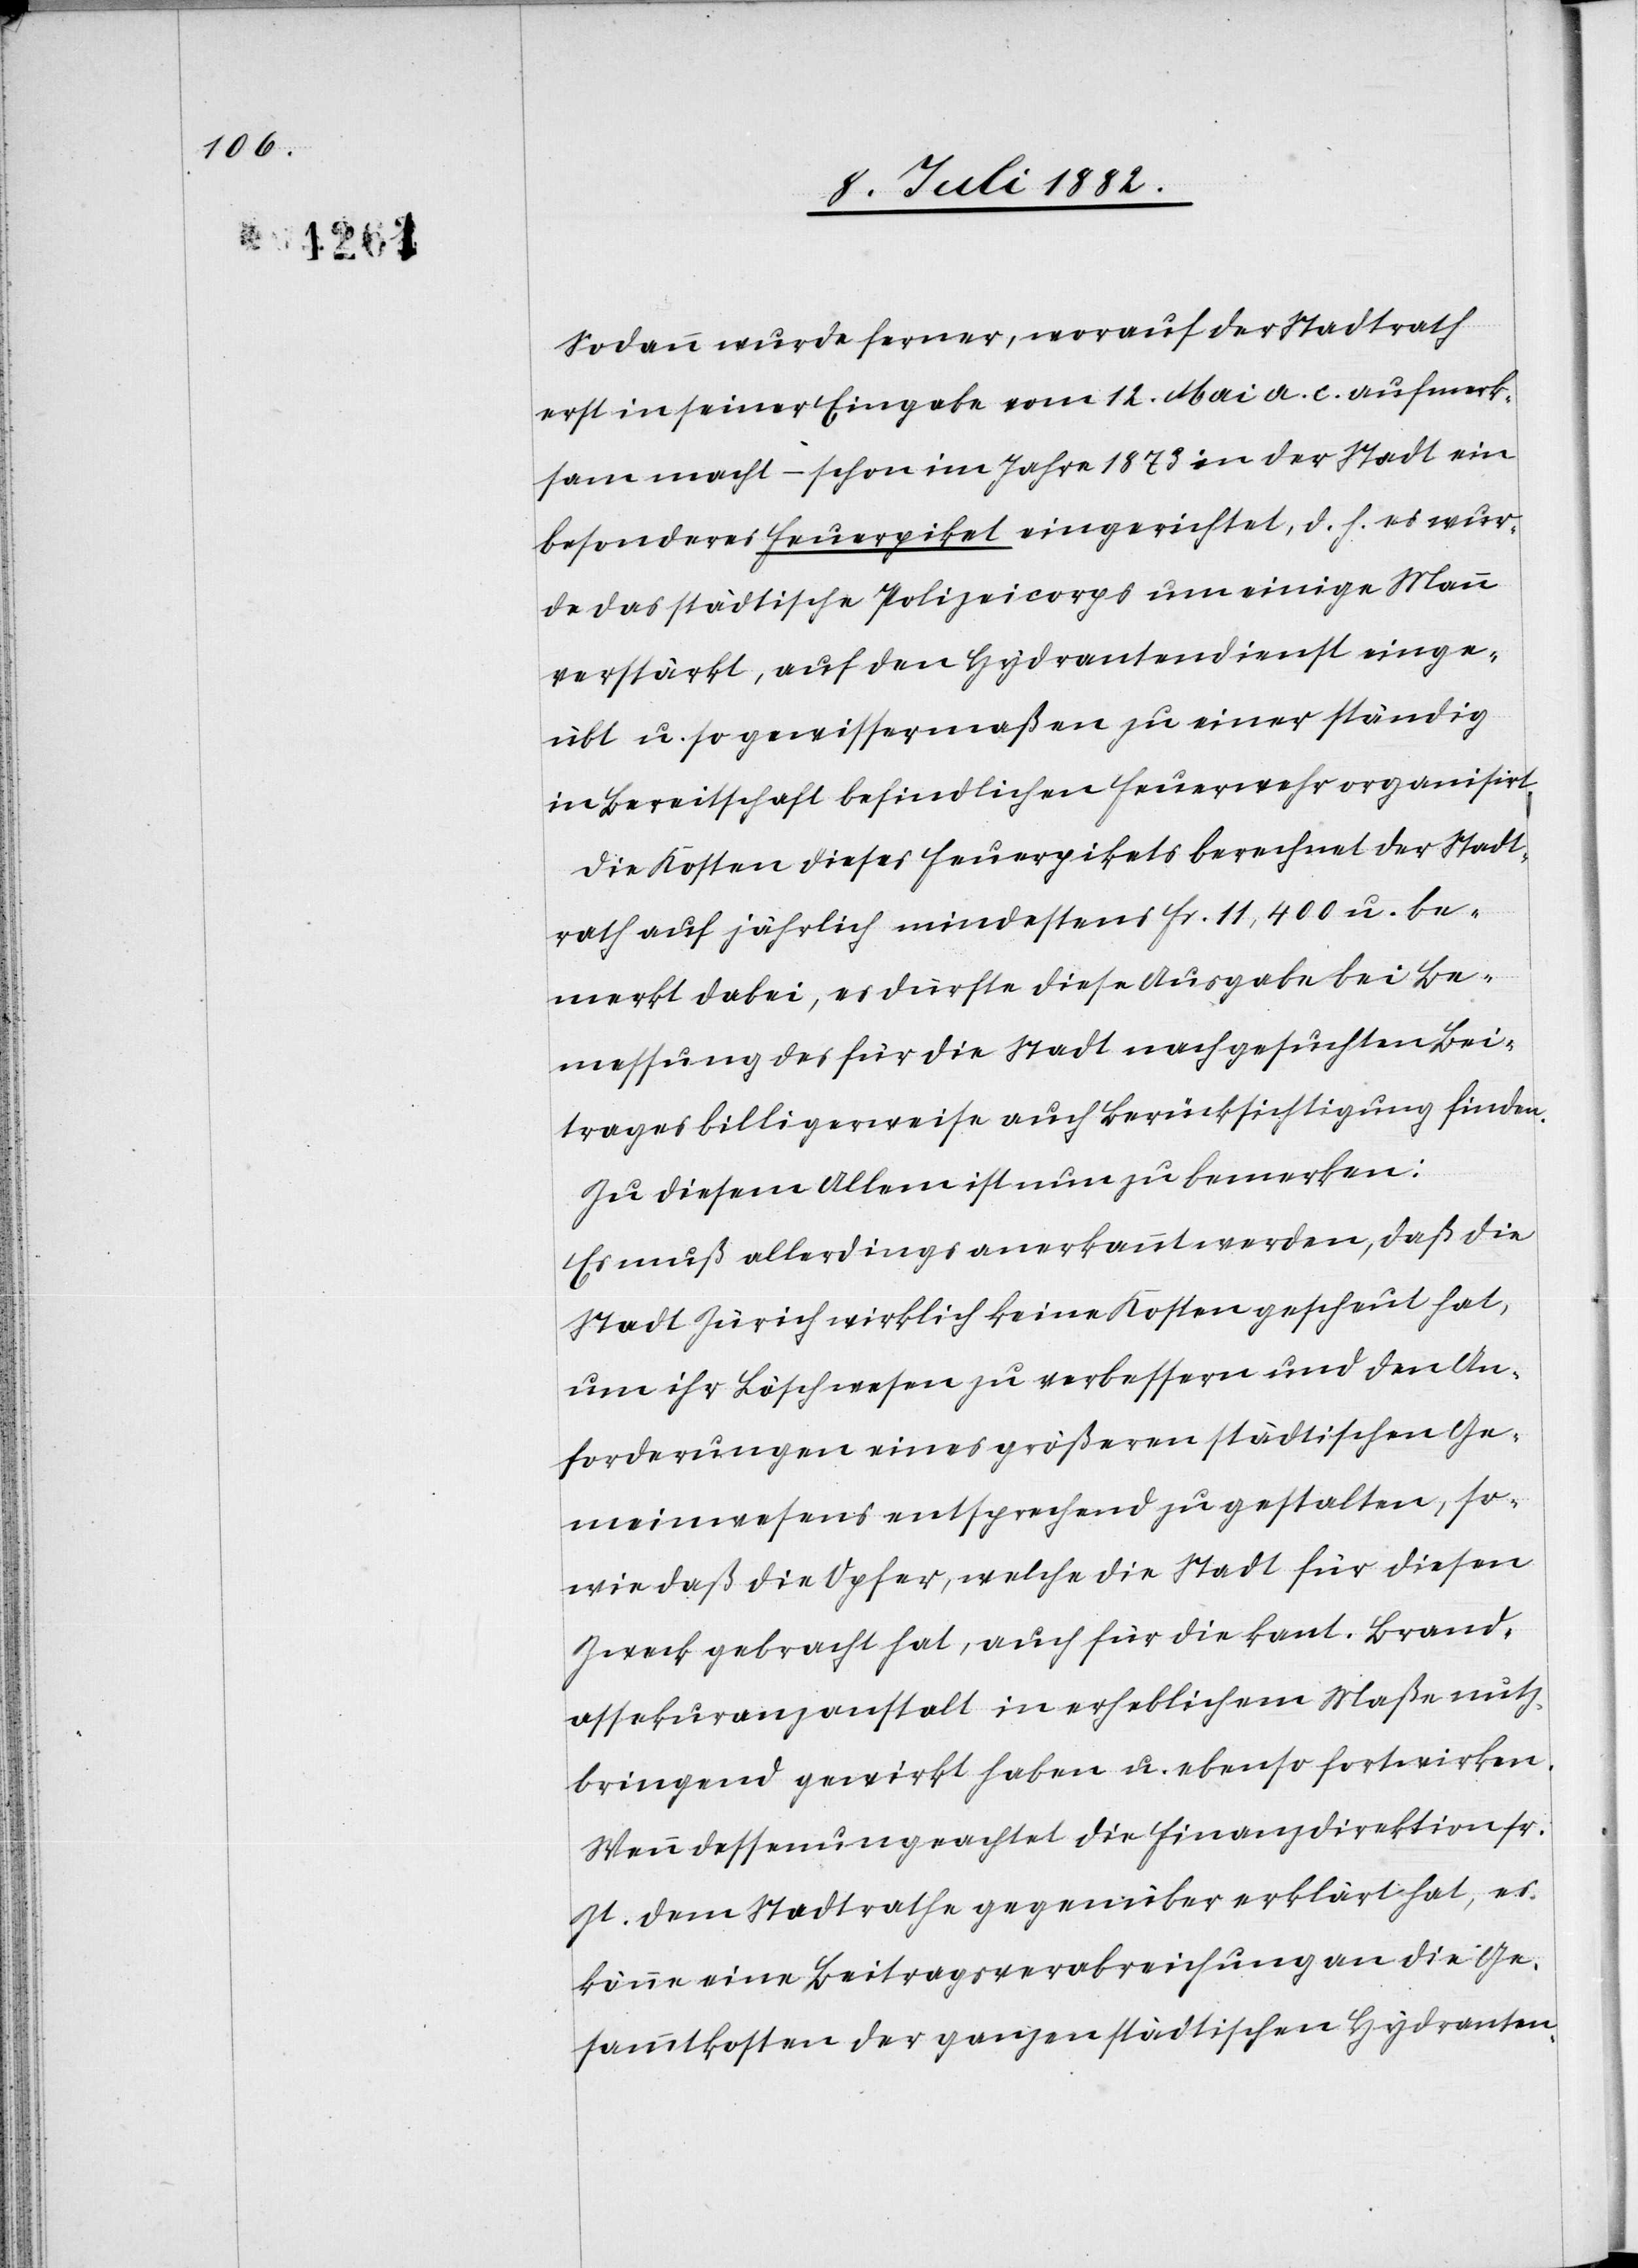
Sodann wurde ferner, worauf der Stadtrath
erst in seiner Eingabe vom 12. Mai a. c. aufmerk¬
sam macht, – schon im Jahre 1873 in der Stadt ein
besonderes Feuerpiket eingerichtet, d. h. es wur¬
de das städtische Polizeicorps um einige Männer
verstärkt, auf den Hydrantendienst einge¬
übt so gewissermaßen zu einer ständig
in Bereitschaft befindlichen Feuerwehr organisirt.
Die Kosten dieses Feuerpikets berechnet der Stadt¬
rath auf jährlich mindestens Fr. 11,400 u. be¬
merkt dabei, es dürfte diese Ausgabe bei Be¬
messung des für die Stadt nachgesuchten Bei¬
trages billigerweise auch Berücksichtigung finden.
Zu diesem Allem ist nun zu bemerken:
Es muß allerdings anerkannt werden, daß die
Stadt Zürich wirklich keine Kosten gescheut hat,
um ihr Löschwesen zu verbessern und den An¬
forderungen einer größern städtischen Ge¬
meinwesens entsprechend zu gestalten, so¬
wie daß die Opfer, welche die Stadt für diesen
Zweck gebracht hat, auch für die kant. Brand¬
assekuranzanstalt in erheblichem Maße nutz¬
bringend gewirkt haben u. ebenso fortwirken.
Wenn dessenungeachtet die Finanzdirektion sr.
Zt. dem Stadtrathe gegenüber erklärt hat, es
könne eine Beitragsverabreichung an die Ge¬
sammtkosten der ganzen städtischen Hydranten-